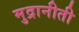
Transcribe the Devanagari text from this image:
मुद्रानीती